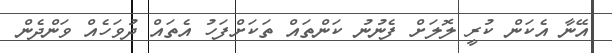
އޭނާ އެކަން ކުރީ ލޮލަށް ފެނުނު ކަންތައް ތަކަށްފަހު އެތައް ދުވަހެއް ވަންދެން